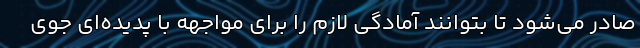
صادر می‌شود تا بتوانند آمادگی لازم را برای مواجهه با پدیده‌ای جوی